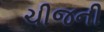
ચીજની